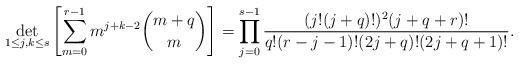
LaTeX: \begin{align*}\det_{1\leq j,k\leq s}\left[\sum_{m=0}^{r-1}m^{j+k-2}\binom{m+q}{m}\right]= \prod_{j=0}^{s-1}\frac{(j!(j+q)!)^2 (j+q+r)!}{q!(r-j-1)!(2j+q)!(2j+q+1)!}.\end{align*}